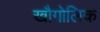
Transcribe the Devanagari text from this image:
खौगोलिक